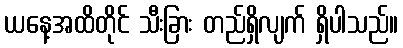
ယနေ့အထိတိုင် သီးခြား တည်ရှိလျက် ရှိပါသည်။